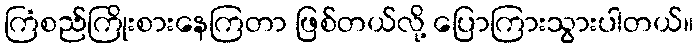
ကြံစည်ကြိုးစားနေကြတာ ဖြစ်တယ်လို့ ပြောကြားသွားပါတယ်။